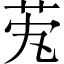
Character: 䒞